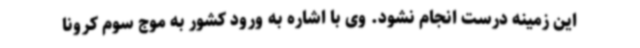
این زمینه درست انجام نشود. وی با اشاره به ورود کشور به موج سوم کرونا